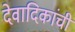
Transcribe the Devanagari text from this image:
देवादिकांची